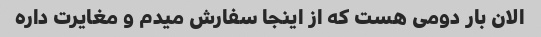
الان بار دومی هست که از اینجا سفارش میدم و مغایرت داره